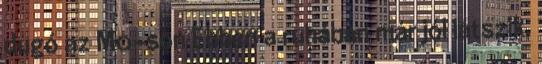
dugó az M0-son Ebben a ruhában már jól látszik,